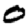
Digit: 0